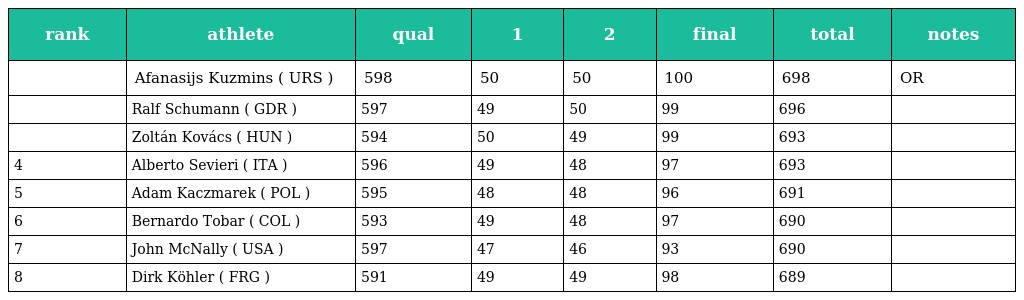
| rank | athlete | qual | 1 | 2 | final | total | notes |
 | --- | --- | --- | --- | --- | --- | --- | --- |
 |  | Afanasijs Kuzmins ( URS ) | 598 | 50 | 50 | 100 | 698 | OR |
 |  | Ralf Schumann ( GDR ) | 597 | 49 | 50 | 99 | 696 |  |
 |  | Zoltán Kovács ( HUN ) | 594 | 50 | 49 | 99 | 693 |  |
 | 4 | Alberto Sevieri ( ITA ) | 596 | 49 | 48 | 97 | 693 |  |
 | 5 | Adam Kaczmarek ( POL ) | 595 | 48 | 48 | 96 | 691 |  |
 | 6 | Bernardo Tobar ( COL ) | 593 | 49 | 48 | 97 | 690 |  |
 | 7 | John McNally ( USA ) | 597 | 47 | 46 | 93 | 690 |  |
 | 8 | Dirk Köhler ( FRG ) | 591 | 49 | 49 | 98 | 689 |  |